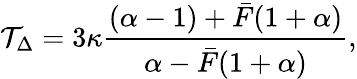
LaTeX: \mathcal{T}_{\Delta}=3\kappa\frac{(\alpha-1)+\bar{F}(1+\alpha)}{\alpha-\bar{F}(1+\alpha)},